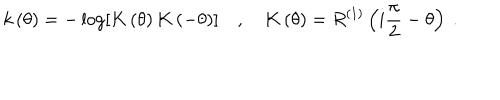
LaTeX: k \left( \theta \right) = - \log \left[ K \left( \theta \right) K \left( - \theta \right) \right] \quad , \quad K \left( \theta \right) = R ^ { ( 1 ) } \left( i \frac { \pi } { 2 } - \theta \right) \ .